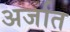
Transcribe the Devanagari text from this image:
अर्जात